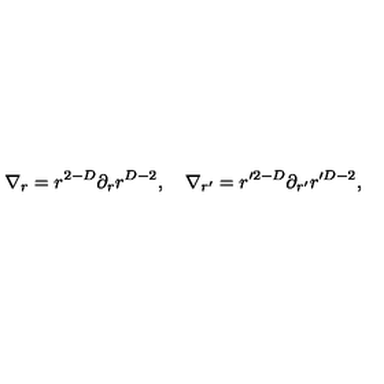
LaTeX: \nabla _ { r } = r ^ { 2 - D } \partial _ { r } r ^ { D - 2 } , \quad \nabla _ { r ^ { \prime } } = r ^ { \prime 2 - D } \partial _ { r ^ { \prime } } r ^ { \prime D - 2 } ,